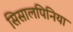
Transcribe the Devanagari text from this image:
सिसालपिनिया